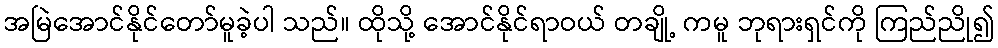
အမြဲအောင်နိုင်တော်မူခဲ့ပါ သည်။ ထိုသို့ အောင်နိုင်ရာဝယ် တချို့ ကမူ ဘုရားရှင်ကို ကြည်ညို၍